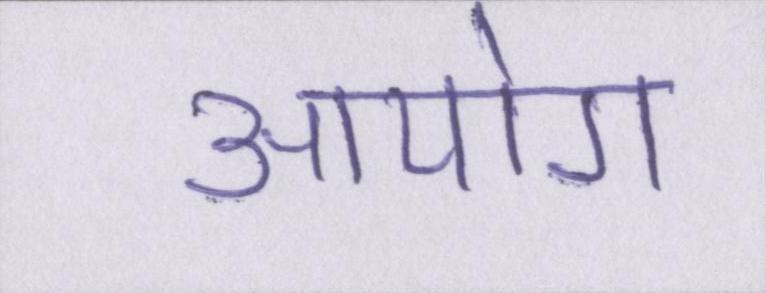
आयोग